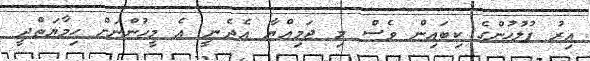
އިރު ފުލުހުންގެ ކިބައިން ވެސް މި ޖަމިއްޔާ އެދެނީ އެ މީހުންނަށް ހިމާޔަތްދީ